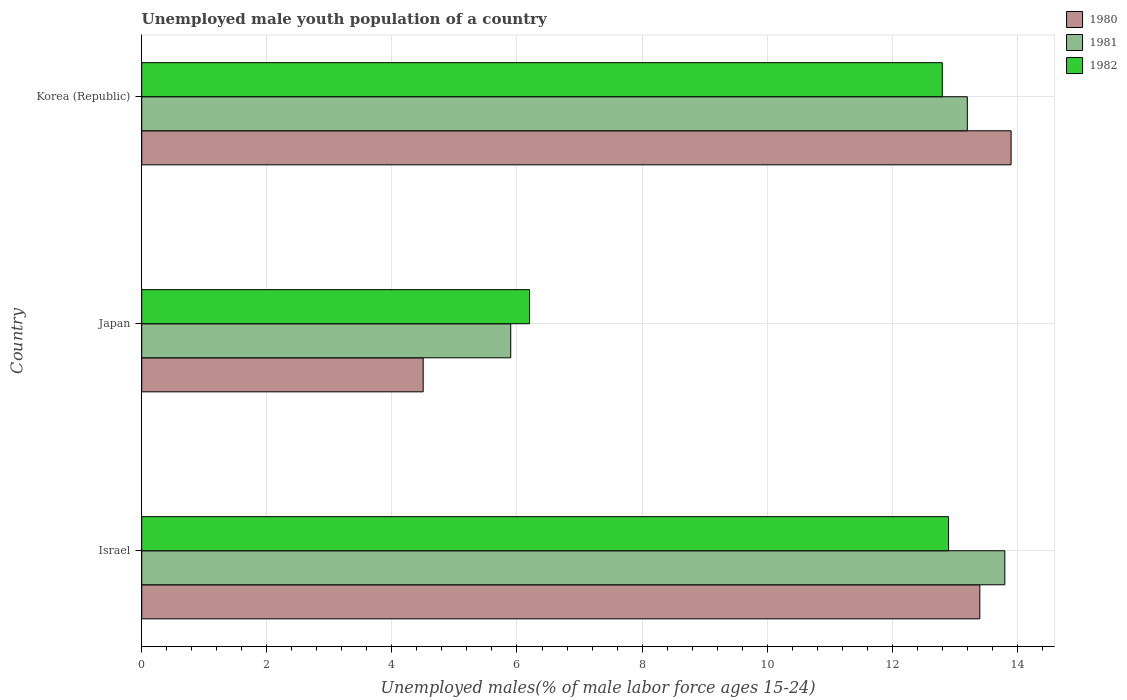
| Country | 1980 | 1981 | 1982 |
 | --- | --- | --- | --- |
 | Israel | 13.4 | 13.8 | 12.9 |
 | Japan | 4.5 | 5.9 | 6.2 |
 | Korea (Republic) | 13.9 | 13.2 | 12.8 |